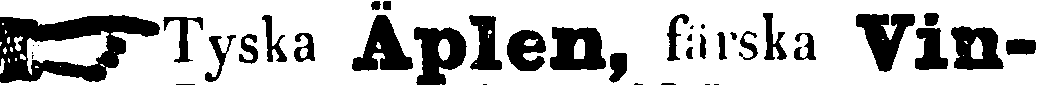
☞ Tyska Äplen, färska Vin-